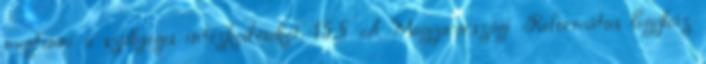
megtenni a szükséges intézkedéseket. 15.§ A Magyarországi Református Egyház